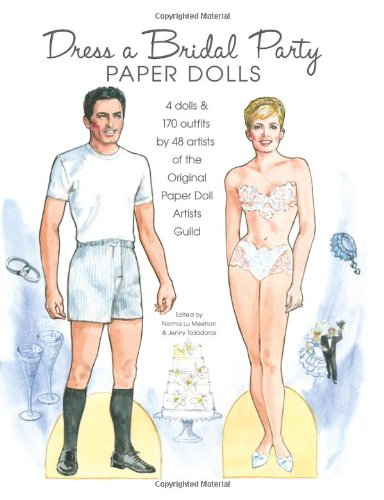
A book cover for Dress a Bridal Party Paper Dolls: 4 dolls and 170 outfits by 48 artists of the Original Paper Doll Artists Guild; Jenny Taliadoros; Crafts, Hobbies & Home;